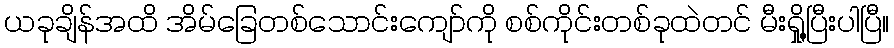
ယခုချိန်အထိ အိမ်ခြေတစ်သောင်းကျော်ကို စစ်ကိုင်းတစ်ခုထဲတင် မီးရှို့ပြီးပါပြီ။